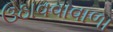
ઉઠાવવાવાળા